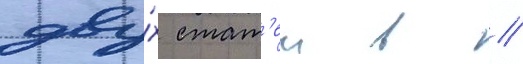
дву́х стат'еи в //